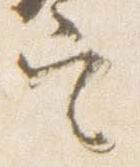
定